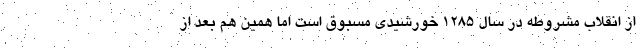
از انقلاب مشروطه در سال 1285 خورشیدی مسبوق است اما همین هم بعد از